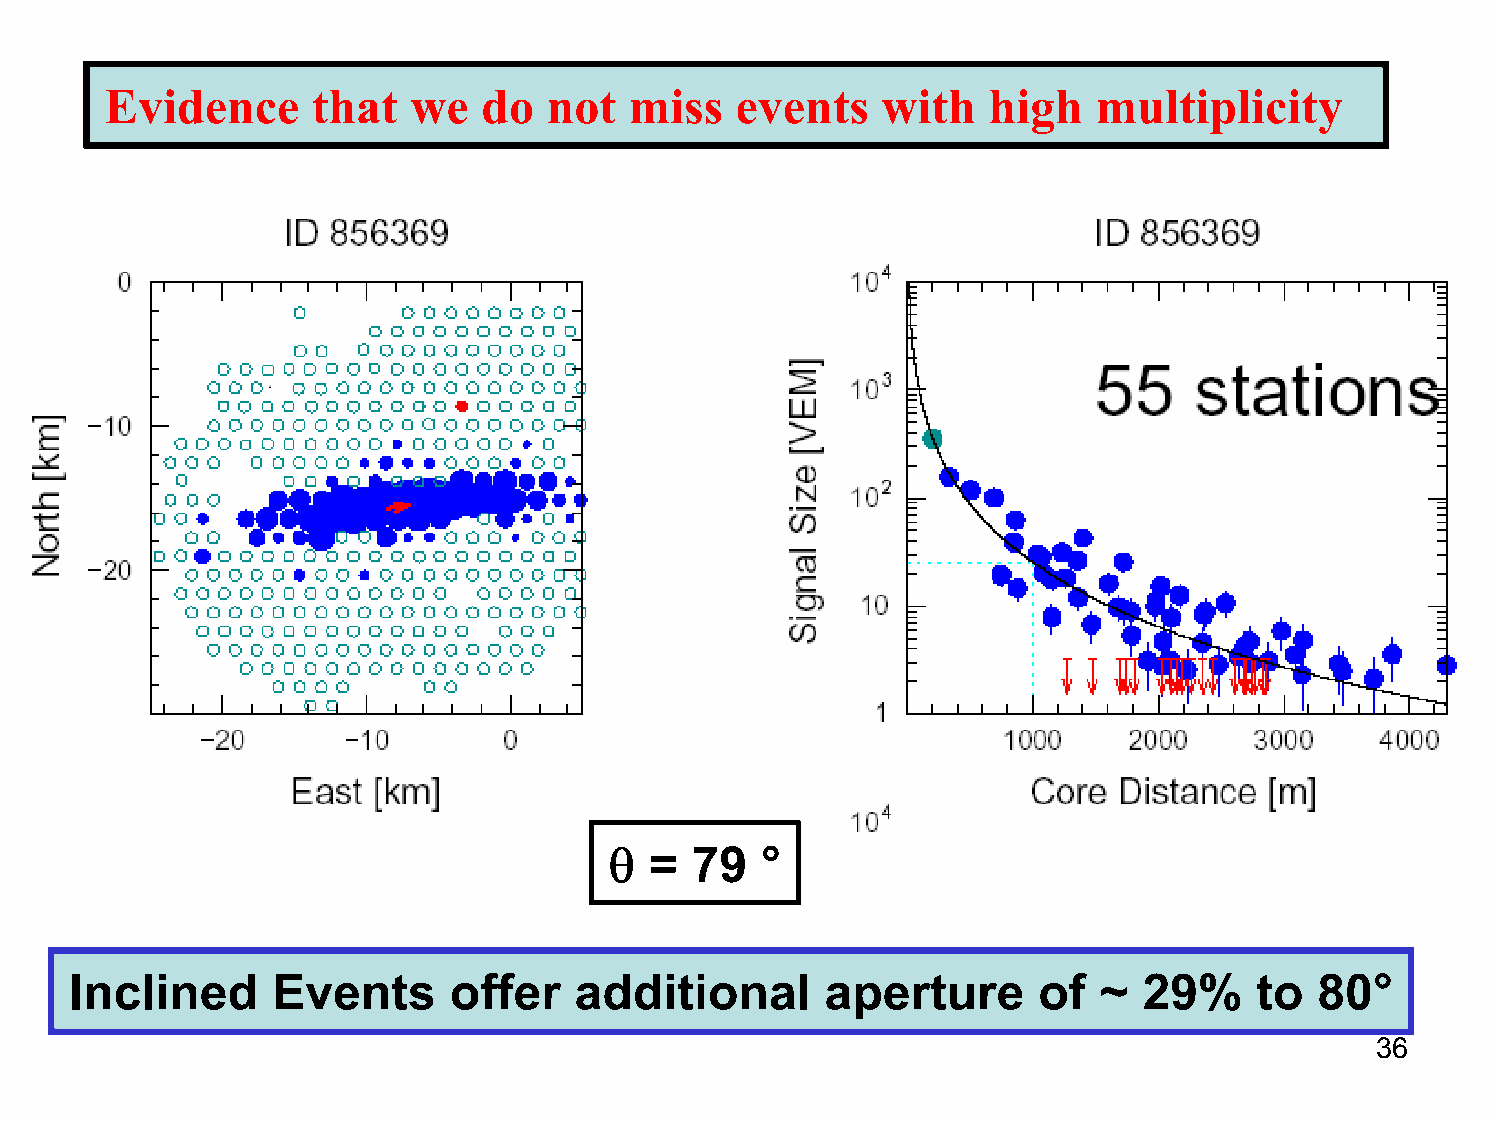
Evidence      that  we   do  not   miss   events   with    high   multiplicity
 θ  =  79  °
 Inclined     Events      offer   additional       aperture      of  ~  29%    to  80°
 36